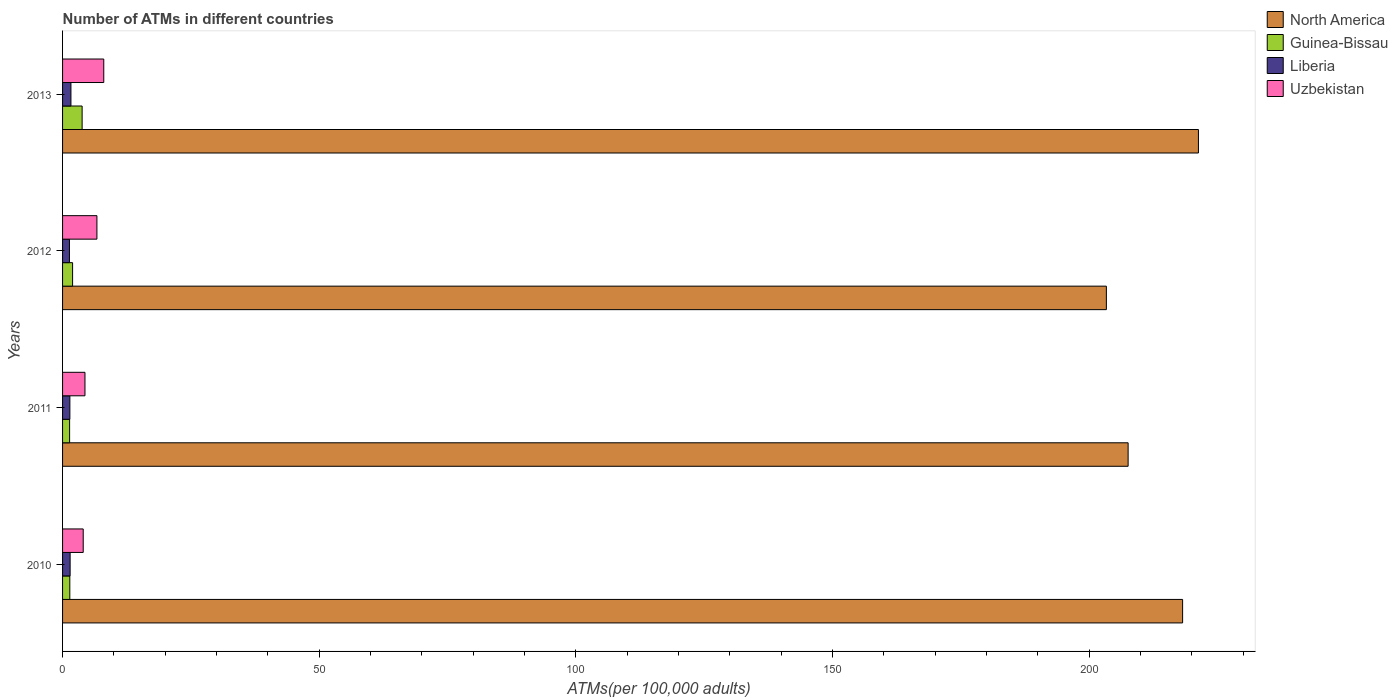
| Years | North America | Guinea-Bissau | Liberia | Uzbekistan |
 | --- | --- | --- | --- | --- |
 | 2010 | 218 | 1.41 | 1.47 | 4.02 |
 | 2011 | 208 | 1.37 | 1.42 | 4.36 |
 | 2012 | 203 | 1.95 | 1.34 | 6.69 |
 | 2013 | 221 | 3.81 | 1.63 | 8.03 |